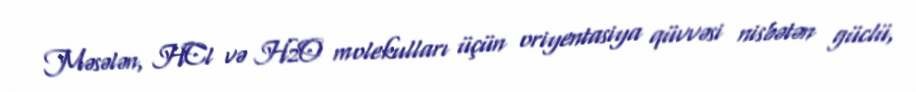
Məsələn, HCl və H2O molekulları üçün oriyentasiya qüvvəsi nisbətən güclü,